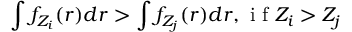
\int f _ { Z _ { i } } ( r ) d r > \int f _ { Z _ { j } } ( r ) d r , \mathrm { ~ i ~ f ~ } Z _ { i } > Z _ { j }